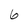
Character: 6